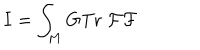
I = \int _ { M } \mathrm { G T r } \; { \cal F F }